Leaving Certificate, 1897
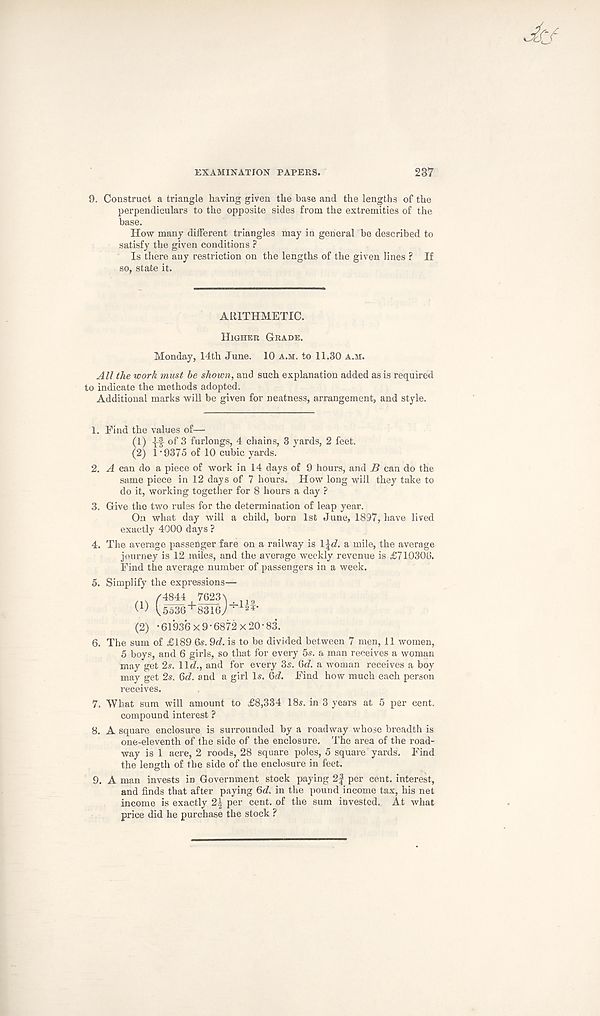
EXAMINATION PAPERS.
237
9. Construct a triangle having given the base and the lengths of the
perpendiculars to the opposite sides from the extremities of the
base.
How many different triangles may in general be described to
satisfy the given conditions ?
Is there any restriction on the lengths of the given lines ? If
so, state it.
ARITHMETIC.
Higher Grade.
Monday, 14th June. 10 a.m. to 11.30 a.m.
All the work must be shown, and such explanation added as is required
to indicate the methods adopted.
Additional marks will be given for neatness, arrangement, and style.
1. Find the values of—
(1) II of 3 furlongs, 4 chains, 3 yards, 2 feet.
(2) 1 -9375 of 10 cubic yards.
2. A can do a piece of work in 14 days of 9 hours, and B can do the
same piece in 12 days of 7 hours. How long will they take to
do it, working together for 8 hours a day ?
3. Give the two rules for the determination of leap year.
On what day will a child, born 1st June, 1897, have lived
exactly 4000 days ?
4. The average passenger fare on a railway is \\d. a mile, the average
journey is 12 miles, and the average weekly revenue is £710306.
Find the average number of passengers in a week.
5. Simplify the expressions—
/4844 7623\
W Ub36 + 8316j : l^’
(2) '61936x9-6872x20-83.
6. The sum of £189 6s. 9d. is to be divided between 7 men, 11 women,
5 boys, and 6 girls, so that for every 5s. a man receives a woman
may get 2s. lie/., and for every 3s. Gd. a woman receives a boy
may get 2s. 6d. and a girl Is. 6^. Find how much each person
receives.
7. What sum will amount to £8,334 18s. in 3 years at 5 per cent.
compound interest ?
8. A square enclosure is surrounded by a roadway whose breadth is
one-eleventh of the side of the enclosure. The area of the road-
way is 1 acre, 2 roods, 28 square poles, 5 square yards. Find
the length of the side of the enclosure in feet.
9. A man invests in Government stock paying 2f per cent, interest,
and finds that after paying 6c?. in the pound income tax, his net
income is exactly 2| per cent, of the sum invested. At what
price did he purchase the stock ?